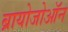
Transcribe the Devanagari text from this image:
ब्रायोजोऑन